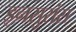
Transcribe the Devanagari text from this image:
इनसुरांस